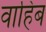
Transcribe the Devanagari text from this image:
वाहिब